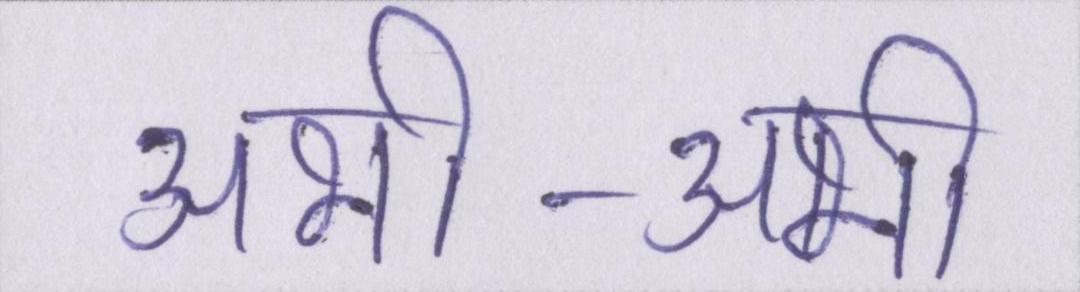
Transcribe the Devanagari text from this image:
अभी-अभी